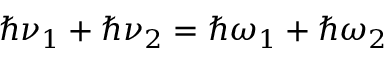
\hbar \nu _ { 1 } + \hbar \nu _ { 2 } = \hbar \omega _ { 1 } + \hbar \omega _ { 2 }